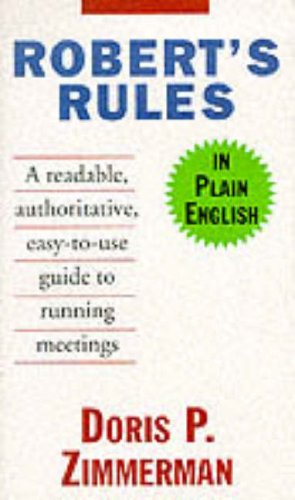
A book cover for Robert's Rules in Plain English; Doris P. Zimmerman; Reference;